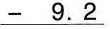
\underline{- 9.2}